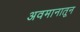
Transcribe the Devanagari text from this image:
अवमानातून